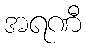
အရဏီ